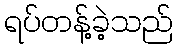
ရပ်တန့်ခဲ့သည်